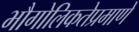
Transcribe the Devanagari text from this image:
भौगोलिकतेप्रमाणे